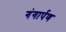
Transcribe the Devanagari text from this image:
गंगार्पण